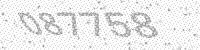
Solution: 087758